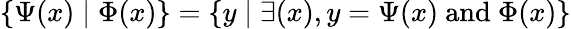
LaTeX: \{ \Psi(x)\mid\Phi(x)\} =\{ y\mid\exists(x),y=\Psi(x){\mathrm{~and~}}\Phi(x)\}